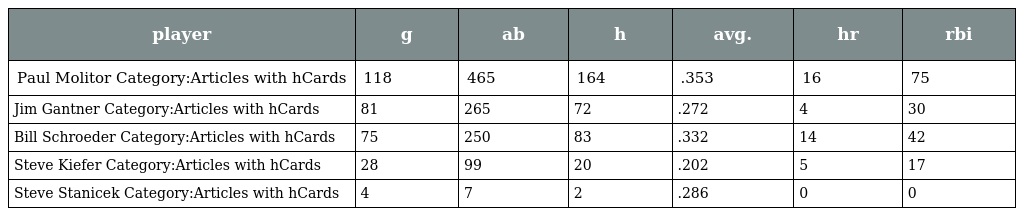
| player | g | ab | h | avg. | hr | rbi |
 | --- | --- | --- | --- | --- | --- | --- |
 | Paul Molitor Category:Articles with hCards | 118 | 465 | 164 | .353 | 16 | 75 |
 | Jim Gantner Category:Articles with hCards | 81 | 265 | 72 | .272 | 4 | 30 |
 | Bill Schroeder Category:Articles with hCards | 75 | 250 | 83 | .332 | 14 | 42 |
 | Steve Kiefer Category:Articles with hCards | 28 | 99 | 20 | .202 | 5 | 17 |
 | Steve Stanicek Category:Articles with hCards | 4 | 7 | 2 | .286 | 0 | 0 |